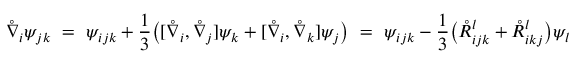
\mathring { \nabla } _ { i } \psi _ { j k } \ = \ \psi _ { i j k } + \frac 1 3 \big ( [ \mathring { \nabla } _ { i } , \mathring { \nabla } _ { j } ] \psi _ { k } + [ \mathring { \nabla } _ { i } , \mathring { \nabla } _ { k } ] \psi _ { j } \big ) \ = \ \psi _ { i j k } - \frac 1 3 \big ( \mathring { R } _ { i j k } ^ { l } + \mathring { R } _ { i k j } ^ { l } \big ) \psi _ { l }